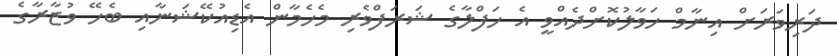
ދަރިވަރަށް އިނާމް ހަވާލުކޮށްދެއްވީ އެ ހަފްލާގެ ޝަރަފްވެރި މެހެމާން އެޑިއުކޭޝަނާއި ބެހޭ ވުޒާރާގެ